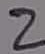
Text: 2